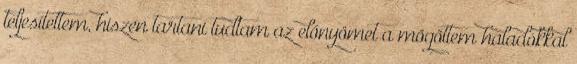
teljesítettem, hiszen tartani tudtam az előnyömet a mögöttem haladókkal